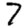
Digit: 7